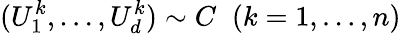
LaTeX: (U_{1}^{k},\dots,U_{d}^{k})\sim C\; \; (k=1,\dots,n)